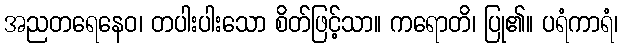
အညတရေနေဝ၊ တပါးပါးသော စိတ်ဖြင့်သာ။ ကရောတိ၊ ပြု၏။ ပရံကာရံ၊